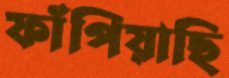
ফাঁপিয়াছি